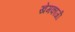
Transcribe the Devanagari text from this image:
खेमकाजी